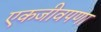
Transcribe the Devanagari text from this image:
एकजीवपणा